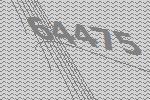
64475